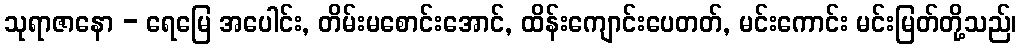
သုရာဇာနော - ရေမြေ အပေါင်း, တိမ်းမစောင်းအောင်, ထိန်းကျောင်းပေတတ်, မင်းကောင်း မင်းမြတ်တို့သည်၊